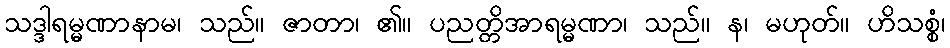
သဒ္ဒါရမ္မဏာနာမ၊ သည်။ ဇာတာ၊ ၏။ ပညတ္တိအာရမ္မဏာ၊ သည်။ န၊ မဟုတ်။ ဟိသစ္စံ၊